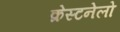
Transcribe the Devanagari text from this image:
क्रेस्टनेलो